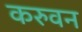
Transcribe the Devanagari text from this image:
करुवन